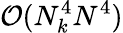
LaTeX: \mathcal{O}(N_{k}^{4}N^{4})